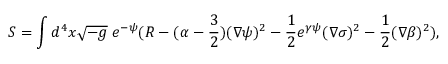
S = \int d ^ { 4 } x \sqrt { - g } \; e ^ { - \psi } ( R - ( \alpha - \frac { 3 } { 2 } ) ( \nabla \psi ) ^ { 2 } - \frac { 1 } { 2 } e ^ { \gamma \psi } ( \nabla \sigma ) ^ { 2 } - \frac { 1 } { 2 } ( \nabla \beta ) ^ { 2 } ) ,